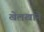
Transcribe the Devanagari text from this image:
खेलखाने